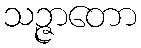
သဉ္ဇာတော